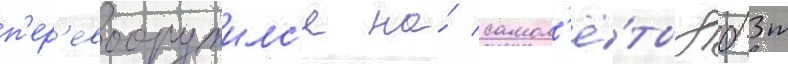
п'ер'евооружилс'я на́ самол'ё́ты дб-3т